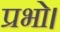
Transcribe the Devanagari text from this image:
प्रभो।